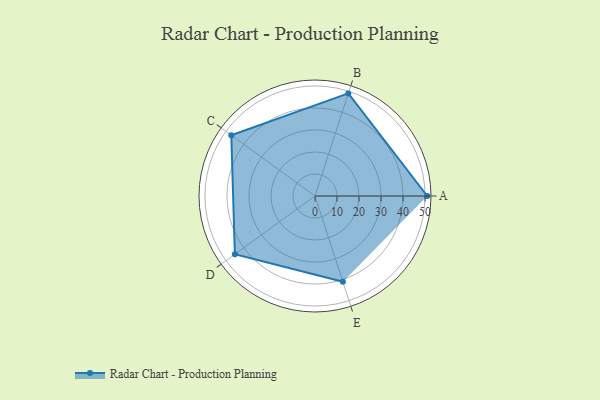
{"axis": {"x": "Skill", "y": "Score"}, "legend": ["Profile"], "data": [{"x": "A", "y": 51.0, "type": "Profile"}, {"x": "B", "y": 49.0, "type": "Profile"}, {"x": "C", "y": 47.0, "type": "Profile"}, {"x": "D", "y": 45.0, "type": "Profile"}, {"x": "E", "y": 41.0, "type": "Profile"}]}